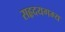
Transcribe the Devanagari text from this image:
सहृदयगम्य